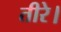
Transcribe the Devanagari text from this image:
तीरे।